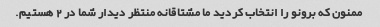
ممنون که برونو را انتخاب کردید ما مشتاقانه منتظر دیدار شما در 2 هستیم.